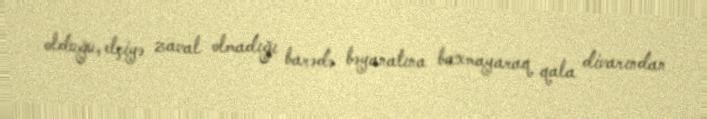
olduğu, elçiyə zaval olmadığı barədə bəyanatına baxmayaraq qala divarından